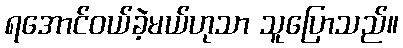
ရအောင်ဝယ်ခဲ့မယ်ဟုသာ သူပြောသည်။